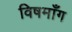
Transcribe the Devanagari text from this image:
विषमाँग